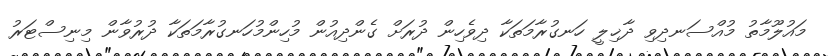
މައުލޫމާތު މުއްސަނދިވި ދާޚިލީ ހަނގުރާމަތަކާ ދިވެހިން ދުރަށް ގެންދިއުން މުހިންމުހަނގުރާމަތަކާ ދުރުވާން މިނިސްޓަރު